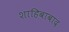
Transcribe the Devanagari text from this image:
शाहिबाबाद